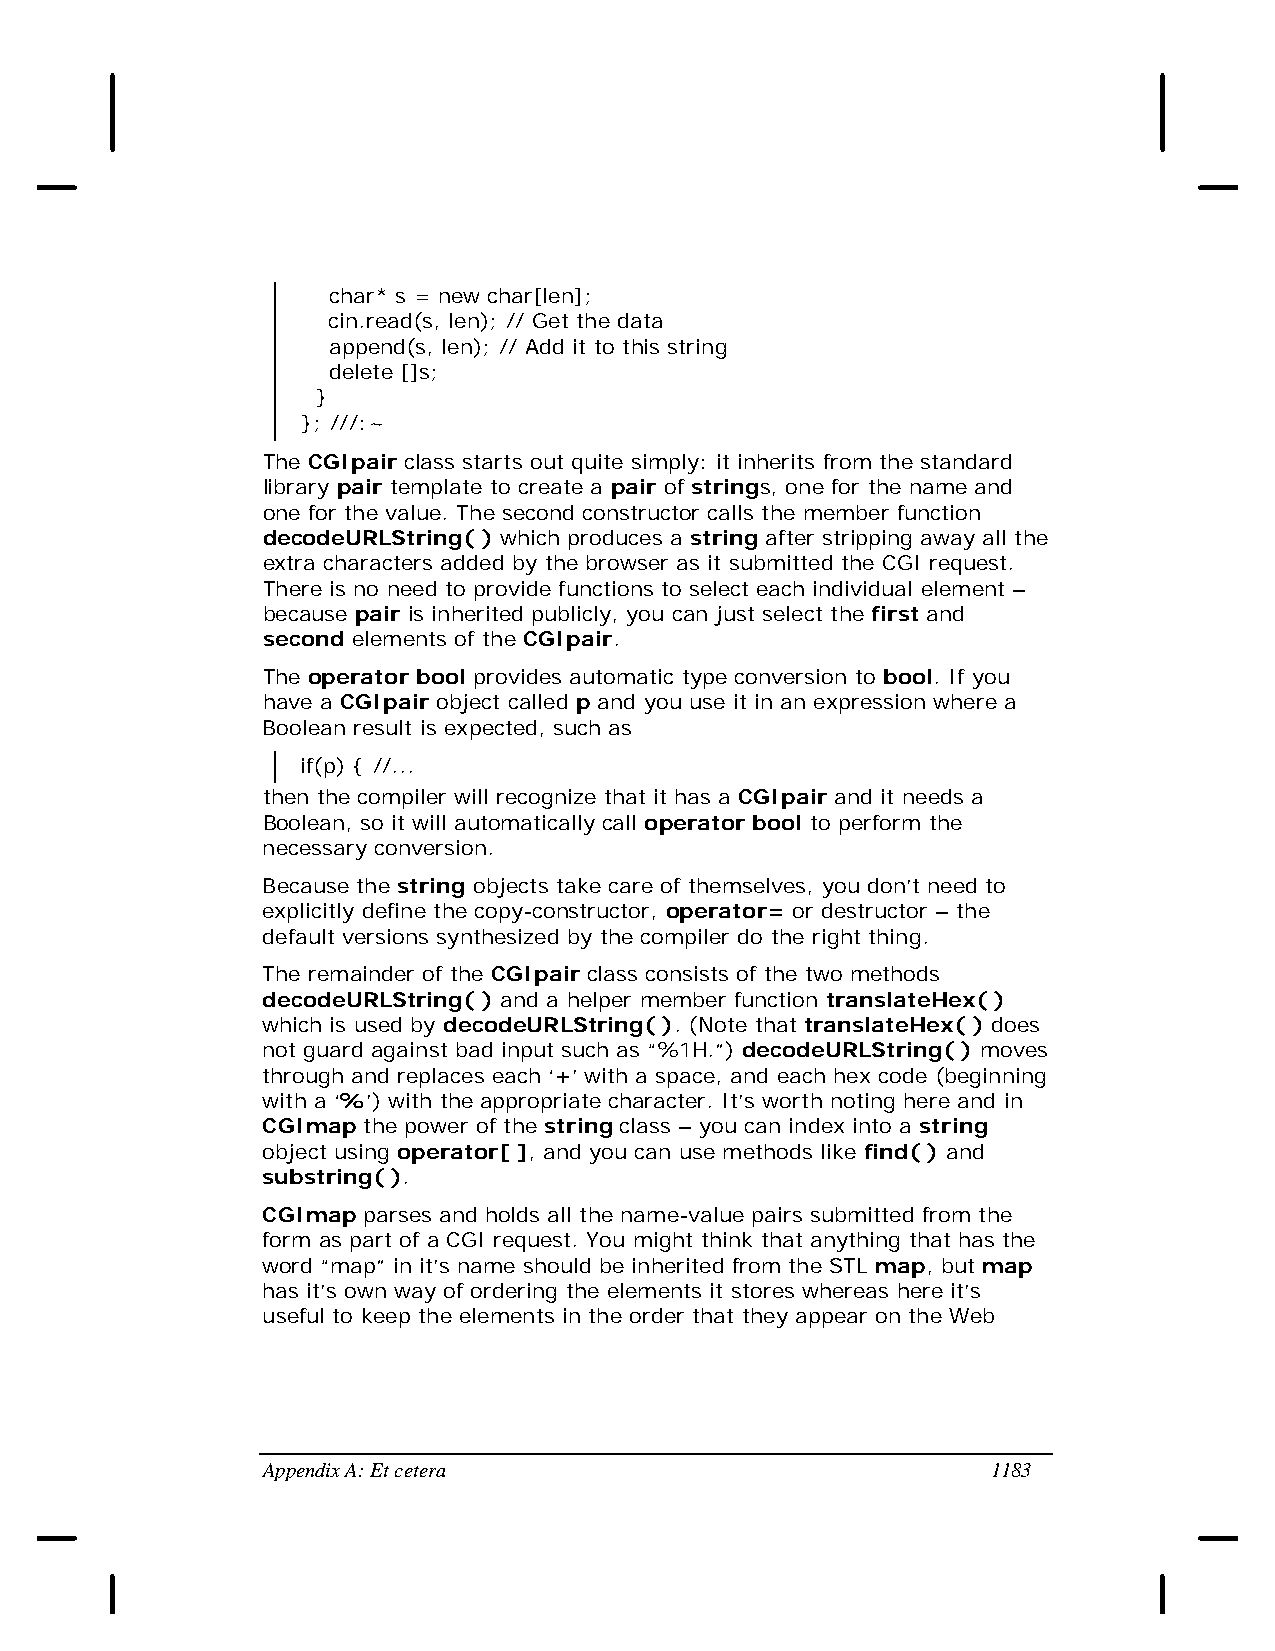
char* s = new char[len];
 cin.read(s, len); // Get the data
 append(s, len); // Add it to this string
 delete []s;
 }
 }; ///:~
 The CGIpair class starts out quite simply: it inherits from the standard
 library pair template to create a pair of strings, one for the name and
 one for the value. The second constructor calls the member function
 decodeURLString( ) which produces a string after stripping away all the
 extra characters added by the browser as it submitted the CGI request.
 There is no need to provide functions to select each individual element –
 because pair is inherited publicly, you can just select the first and
 second elements of the CGIpair.
 The operator bool provides automatic type conversion to bool. If you
 have a CGIpair object called p and you use it in an expression where a
 Boolean result is expected, such as
 if(p) { //...
 then the compiler will recognize that it has a CGIpair and it needs a
 Boolean, so it will automatically call operator bool to perform the
 necessary conversion.
 Because the string objects take care of themselves, you don’t need to
 explicitly define the copy-constructor, operator= or destructor – the
 default versions synthesized by the compiler do the right thing.
 The remainder of the CGIpair class consists of the two methods
 decodeURLString( ) and a helper member function translateHex( )
 which is used by decodeURLString( ). (Note that translateHex( ) does
 not guard against bad input such as “%1H.”) decodeURLString( ) moves
 through and replaces each ‘+’ with a space, and each hex code (beginning
 with a ‘%’) with the appropriate character. It’s worth noting here and in
 CGImap the power of the string class – you can index into a string
 object using operator[ ], and you can use methods like find( ) and
 substring( ).
 CGImap parses and holds all the name-value pairs submitted from the
 form as part of a CGI request. You might think that anything that has the
 word “map” in it’s name should be inherited from the STL map, but map
 has it’s own way of ordering the elements it stores whereas here it’s
 useful to keep the elements in the order that they appear on the Web
 Appendix A: Et cetera                            1183